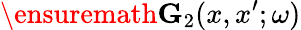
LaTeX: \ensuremath{\mathbf{G}}_{2}(x,x^{\prime};\omega)